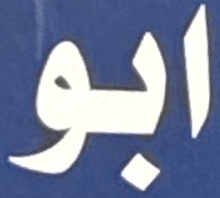
ابو